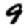
Digit: 9